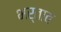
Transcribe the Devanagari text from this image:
भर्ताव